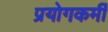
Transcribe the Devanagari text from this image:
प्रयोगकर्मी